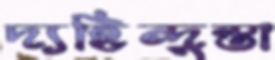
দ্যহিন্দুস্তা